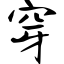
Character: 穿